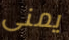
يمنى